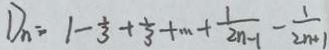
D _ { n } = 1 - \frac { 1 } { 3 } + \frac { 1 } { 3 } + \cdots + \frac { 1 } { 2 n - 1 } - \frac { 1 } { 2 n + 1 }